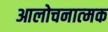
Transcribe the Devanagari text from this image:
आलोचनात्‍मक